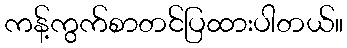
ကန့်ကွက်စာတင်ပြထားပါတယ်။